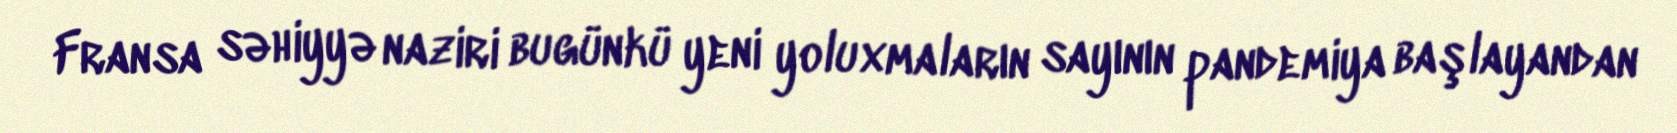
Fransa səhiyyə naziri bugünkü yeni yoluxmaların sayının pandemiya başlayandan